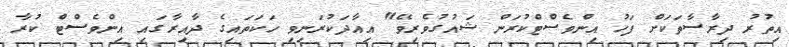
އިތުރު ދިރާސާތަކަށް ފަހު އިންވެސްޓްކުރަން ޝައުގުވެރިވޭ" އިއާދަކުރަނިވި ހަކަތައިގެ ދާއިރާގައި އިންވެސްޓް ކުރާ